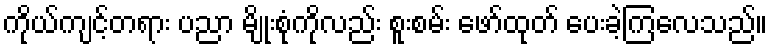
ကိုယ်ကျင့်တရား ပညာ မျိုးစုံကိုလည်း စူးစမ်း ဖော်ထုတ် ပေးခဲ့ကြလေသည်။